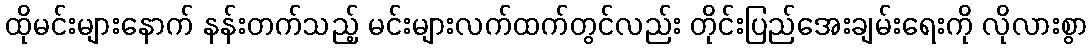
ထိုမင်းများနောက် နန်းတက်သည့် မင်းများလက်ထက်တွင်လည်း တိုင်းပြည်အေးချမ်းရေးကို လိုလားစွာ